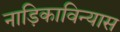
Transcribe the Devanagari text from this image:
नाड़िकाविन्यास